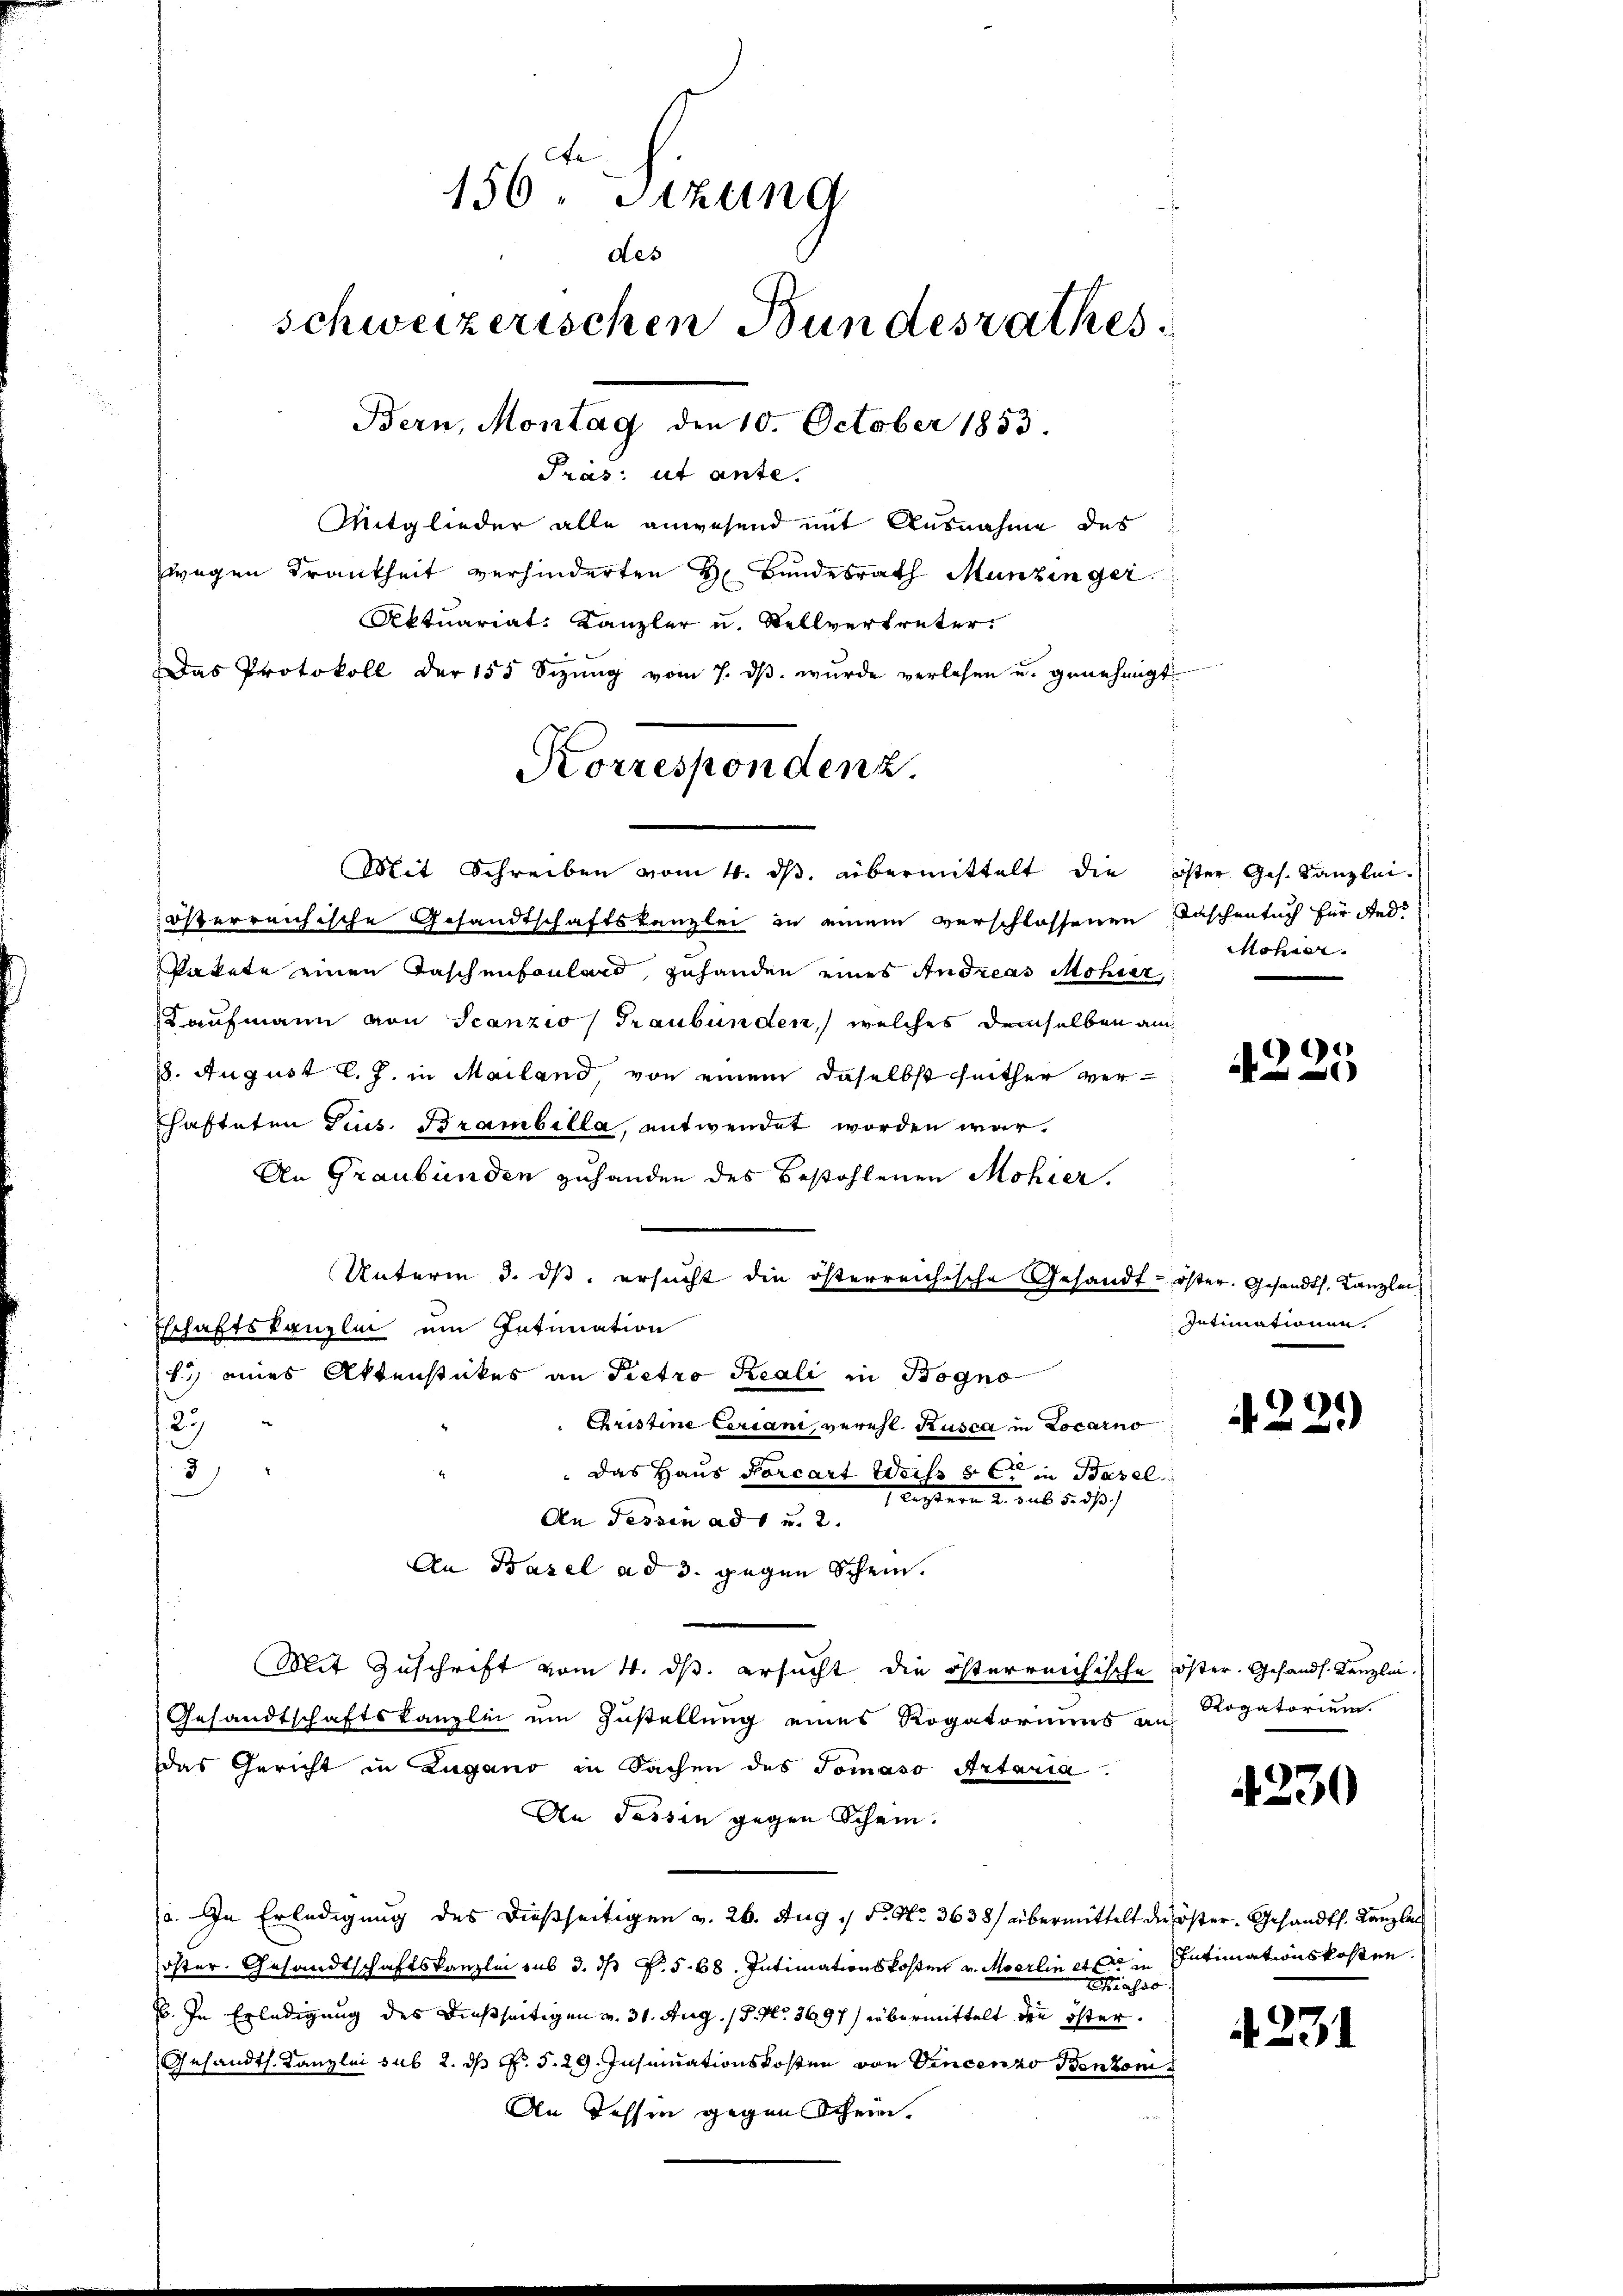
Er
156. Sitzung
des
schweizerischen Bundesrathes
Bern, Montag den 10. October 1853.
Präs: ut ante.
Mitglieder alle anwesend mit Ausnahme des
wegen Krankheit verhinderten H. Bundesrath Munzinger
Aktuariat. Kanzler u. Stellvertreter.
Das Protokoll der 155 Sizŭng vom 7. dβ. wurde verlesen u. genehmigt.

Korresponden z
Mit Schreiben vom 4. dβ übermittelt die öster Ges. Kanzlei-

österreichische Gesandtschaftskanzlei in einem verschlossenen Taschentuch für ded
Pakete einen Taschenfonlard, zuhanden eines Andreas Mohner,
Kaufmann von Scanzis Graubünden, welches demselben au
18. August l. J. in Mailand, von einem daselbst seither verhafteten Grus. Brambella, entwendet worden war.
An Graubünden zuhanden des Bestohlenen Mohrer.
Unterm 3. ds. ersucht die österreichische Gesandt- öster. Gesandts. Kanzlei
Eschaftskanzlini um Intimation
1) eines Aktenstückes an Pietro Reali in Bogno
Christine Ceriani, verehl. Rusca in Locarno
23
"das Haus Porcart Weiss 8 C in Basel
3
Listern u. sub 15. 513)
An Tessin ad 1 u. 2.
An Basel ad 3. gegen Schein.
Mit Zuschrift vom 4. ds. ersucht die österreichische öster. Gesandt. Kanzlei.
Gesandtschaftskanzlei um Zustellung eines Rogatoriums an
Das Gericht in Zugano in Sachen des Tomaso Artaria
An Tessin gegen Schein.
a. In Erledigung des dießseitigen v. 26. Aug. P. Nr. 3638/ übermittelt die öster- Gesandts. Kanzlei
öster Gesandtschaftskanzlei sub 3. ds P. § 68. Intimationskosten v. Moerlin es in Intimationskosten.
Sasso
B. In Erledigung des dießseitigen v. 31. Aug. 18. No. 3697) übermittelt die öster.
Gesandth. Kanzlei sub 2. ds P. 5. 29. Insinuationskosten von Vincenzo Benzon
An Tessin gegen Schein.

Mohrer

e

Intimationen.

1

Rogatorium.

4230

4231